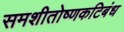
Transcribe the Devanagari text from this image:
समशीतोष्णकटिबंध